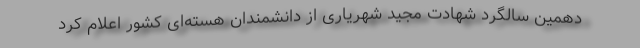
دهمین سالگرد شهادت مجید شهریاری از دانشمندان هسته‌ای کشور اعلام کرد